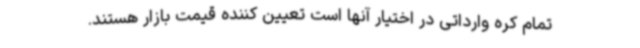
تمام کره وارداتی در اختیار آنها است تعیین کننده قیمت بازار هستند.